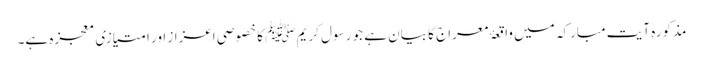
مذکورہ آیت مبارکہ میں واقعۂ معراج کا بیان ہے جو رسول کریم ﷺ کا خصوصی اعزاز اور امتیازی معجزہ ہے۔